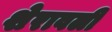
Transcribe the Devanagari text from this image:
शेरावली